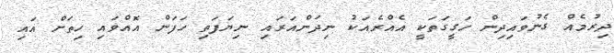
ދިރުމެއް ގެނުވައިދިން ހަގީގަތަކީ އެއްރެއަކު ނިދަންއަރައި ނިޔަފަތި ހަފަން އޮއްވައި ހިތަށް އައި